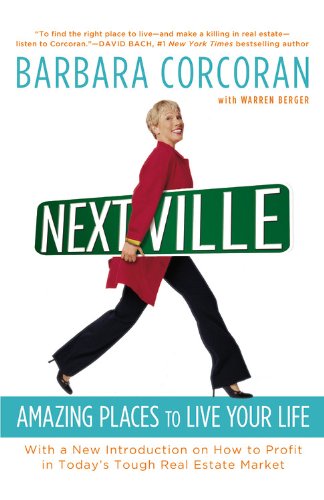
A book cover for Nextville: Amazing Places to Live Your Life; Barbara Corcoran; Travel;